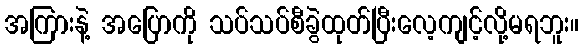
အကြားနဲ့ အပြောကို သပ်သပ်စီခွဲထုတ်ပြီးလေ့ကျင့်လို့မရဘူး။